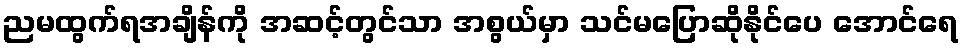
ညမထွက်ရအချိန်ကို အဆင့်တွင်သာ အစွယ်မှာ သင်မပြောဆိုနိုင်ပေ အောင်ရေ